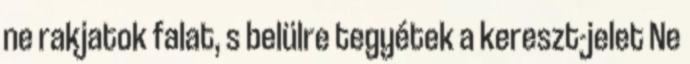
ne rakjatok falat, s belülre tegyétek a kereszt-jelet Ne